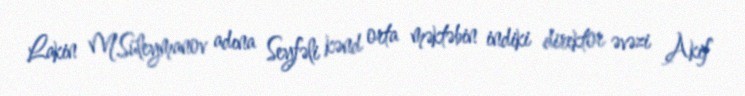
Lakin M.Süleymanov adına Seyfəli kənd orta məktəbin indiki direktor əvəzi Akif